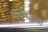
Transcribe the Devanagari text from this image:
विशेषज्ञांचा